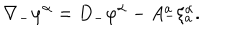
LaTeX: \nabla _ { - } \varphi ^ { \alpha } = D _ { - } \varphi ^ { \alpha } - A _ { - } ^ { a } \xi _ { a } ^ { \alpha } .